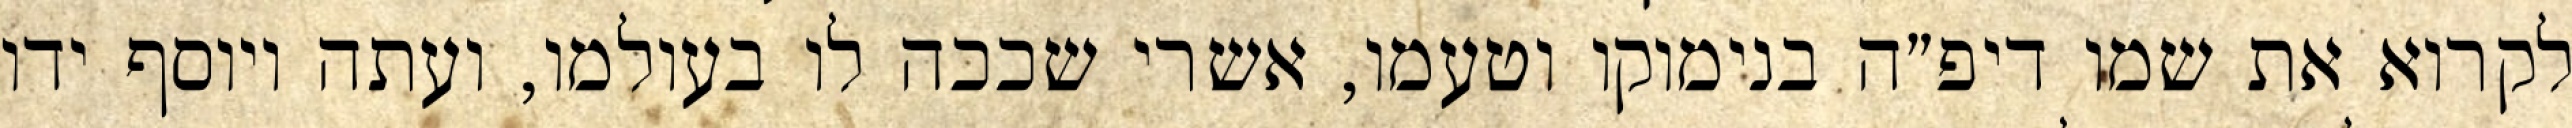
לקרוא את שמו דיפ״ה בנימוקו וטעמו, אשרי שככה לו בעולמו, ועתה ויוסף ידו